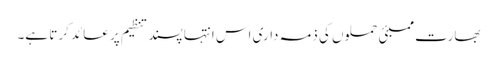
بھارت ممبئی حملوں کی ذمہ داری اس انتہا پسند تنظیم پر عائد کرتا ہے۔